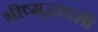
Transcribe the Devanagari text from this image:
भीष्मद्वादशी